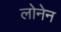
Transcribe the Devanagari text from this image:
लोनेन